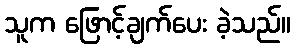
သူက ဖြောင့်ချက်ပေး ခဲ့သည်။